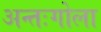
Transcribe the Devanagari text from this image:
अन्तःगोला